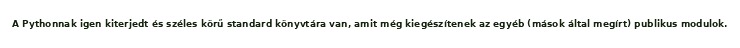
A Pythonnak igen kiterjedt és széles körű standard könyvtára van, amit még kiegészítenek az egyéb (mások által megírt) publikus modulok.